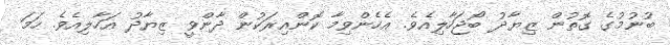
ބުނުމުގެ ގޮތުން ޒިޔާދު ބޯޖަހާލިއެވެ. އެހެންވިމާ ކޮންއިރަކުން ދާންވީ ޒިޔާދު އަހާލިއެވެ. ހަމަ